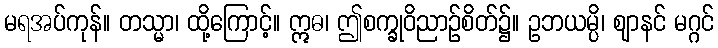
မရအပ်ကုန်။ တသ္မာ၊ ထို့ကြောင့်။ ဣဓ၊ ဤစက္ခုဝိညာဉ်စိတ်၌။ ဥဘယမ္ပိ၊ ဈာနင် မဂ္ဂင်